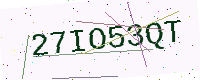
Text: 27IO53QT